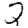
Digit: 2